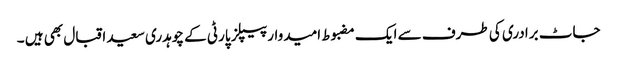
جاٹ برادری کی طرف سے ایک مضبوط امیدوار پیپلز پارٹی کے چوہدری سعید اقبال بھی ہیں ۔